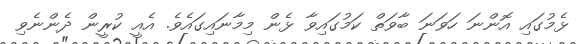
ޅެމުގައި އޮންނަ ހަވަނަ ބާވަތް ކަމުގައިވާ ޅެން މިމާނައިގައެވެ. އެއީ ކުރީން ދެންނެވި